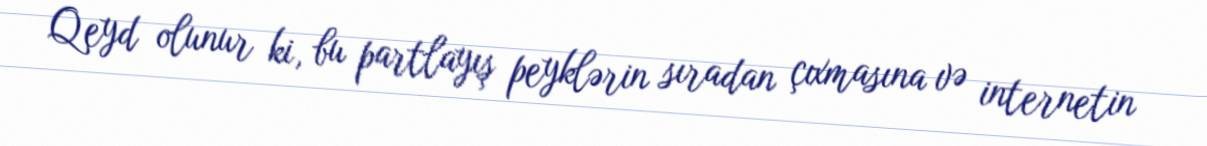
Qeyd olunur ki, bu partlayış peyklərin sıradan çıxmasına və internetin